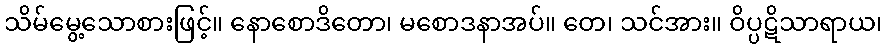
သိမ်မွေ့သောစားဖြင့်။ နောစောဒိတော၊ မစောဒနာအပ်။ တေ၊ သင်အား။ ဝိပ္ပဋိသာရာယ၊